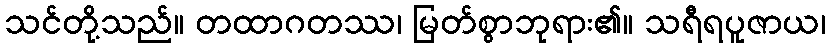
သင်တို့သည်။ တထာဂတဿ၊ မြတ်စွာဘုရား၏။ သရီရပူဇာယ၊